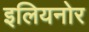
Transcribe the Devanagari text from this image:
इलियनोर